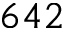
6 4 2